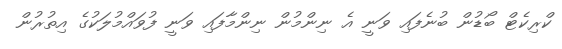
ކްރިކެޓް ބޯޑުން ބުނެފައި ވަނީ އެ ނިންމުން ނިންމާފައި ވަނީ ފުވައްމުލަކުގެ އިތުރުން